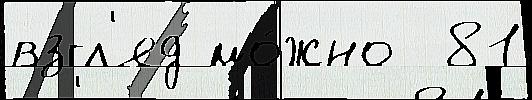
взгл'яд мо́жно  81